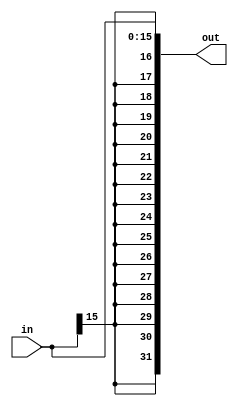
// This program was cloned from: https://github.com/neelkshah/MIPS-Processor
// License: GNU General Public License v3.0

module SignExtend(out, in);
	input [15:0] in;
	output [31:0] out;
	assign out = {{16{in[15]}}, in};
endmodule